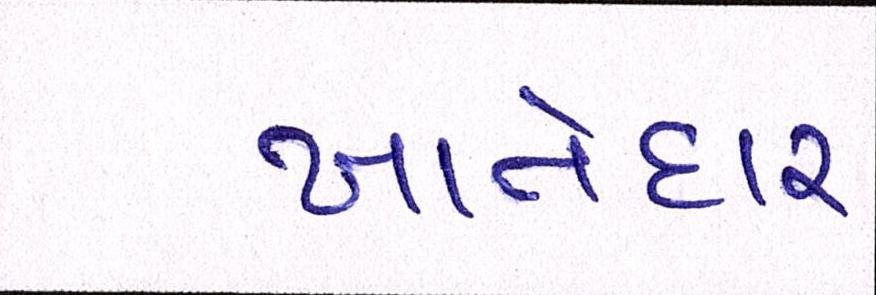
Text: ખાતેદાર